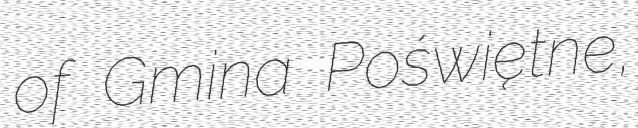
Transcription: of Gmina Poświętne,